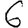
Digit: 6